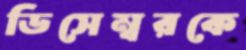
ডিসেম্বরকে